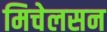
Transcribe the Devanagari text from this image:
मिचेलसन